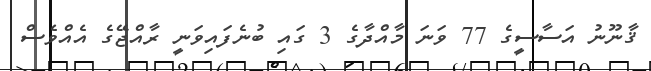
ޤާނޫނު އަސާސީގެ 77 ވަނަ މާއްދާގެ 3 ގައި ބުނެފައިވަނީ ރާއްޖޭގެ އެއްވެސް